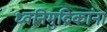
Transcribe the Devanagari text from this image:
ध्वनिमुद्रिकांना